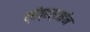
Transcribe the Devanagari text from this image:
ट्रॅव्हर्टाईन